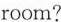
room?